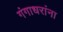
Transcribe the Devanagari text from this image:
गंगाधरांना